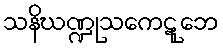
သနိဃဏ္ဍုသကေဋုဘေ